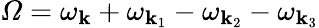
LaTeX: \varOmega=\omega_{\mathbf{k}}+\omega_{\mathbf{k}_{1}}-\omega_{\mathbf{k}_{2}}-\omega_{\mathbf{k}_{3}}